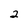
Character: 2